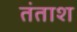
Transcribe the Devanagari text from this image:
तंताश